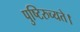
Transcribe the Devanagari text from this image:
पुष्टिरुच्यते।